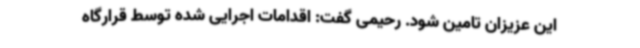
این عزیزان تامین شود. رحیمی گفت: اقدامات اجرایی شده توسط قرارگاه